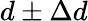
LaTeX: d\pm\Delta d